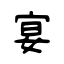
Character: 宴